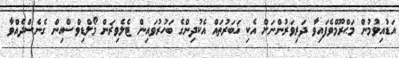
އަޑުއިވުމުން މަޙްރޫމްވެފައިވާ ދަރިވަރުންނަށް އެކި ޚަބަރުތައް އެކުދިންގެ ބަހުރުވައިން ޓެލެވިޜަން މޯލްޑިވްސްއިން ގެނެސްދެއްވާ